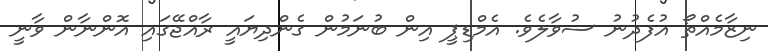
ނިޒާމެއްތޯ އުފެދުނު ސުވާލެވެ. އެމްޑިޕީ އިން ބުނަމުން ގެންދިޔައީ ރާއްޖޭގައި އޮންނާން ވާނީ